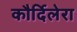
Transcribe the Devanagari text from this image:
कौर्दिलेरा